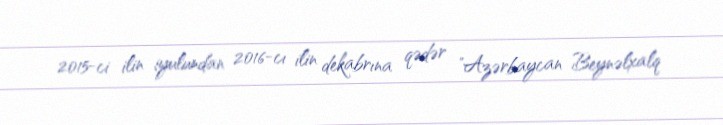
2015-ci ilin iyulundan 2016-cı ilin dekabrına qədər "Azərbaycan Beynəlxalq